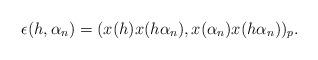
LaTeX: \begin{align*} \epsilon(h,\alpha_n) = (x(h)x(h\alpha_n), x(\alpha_n)x(h\alpha_n))_p.\end{align*}